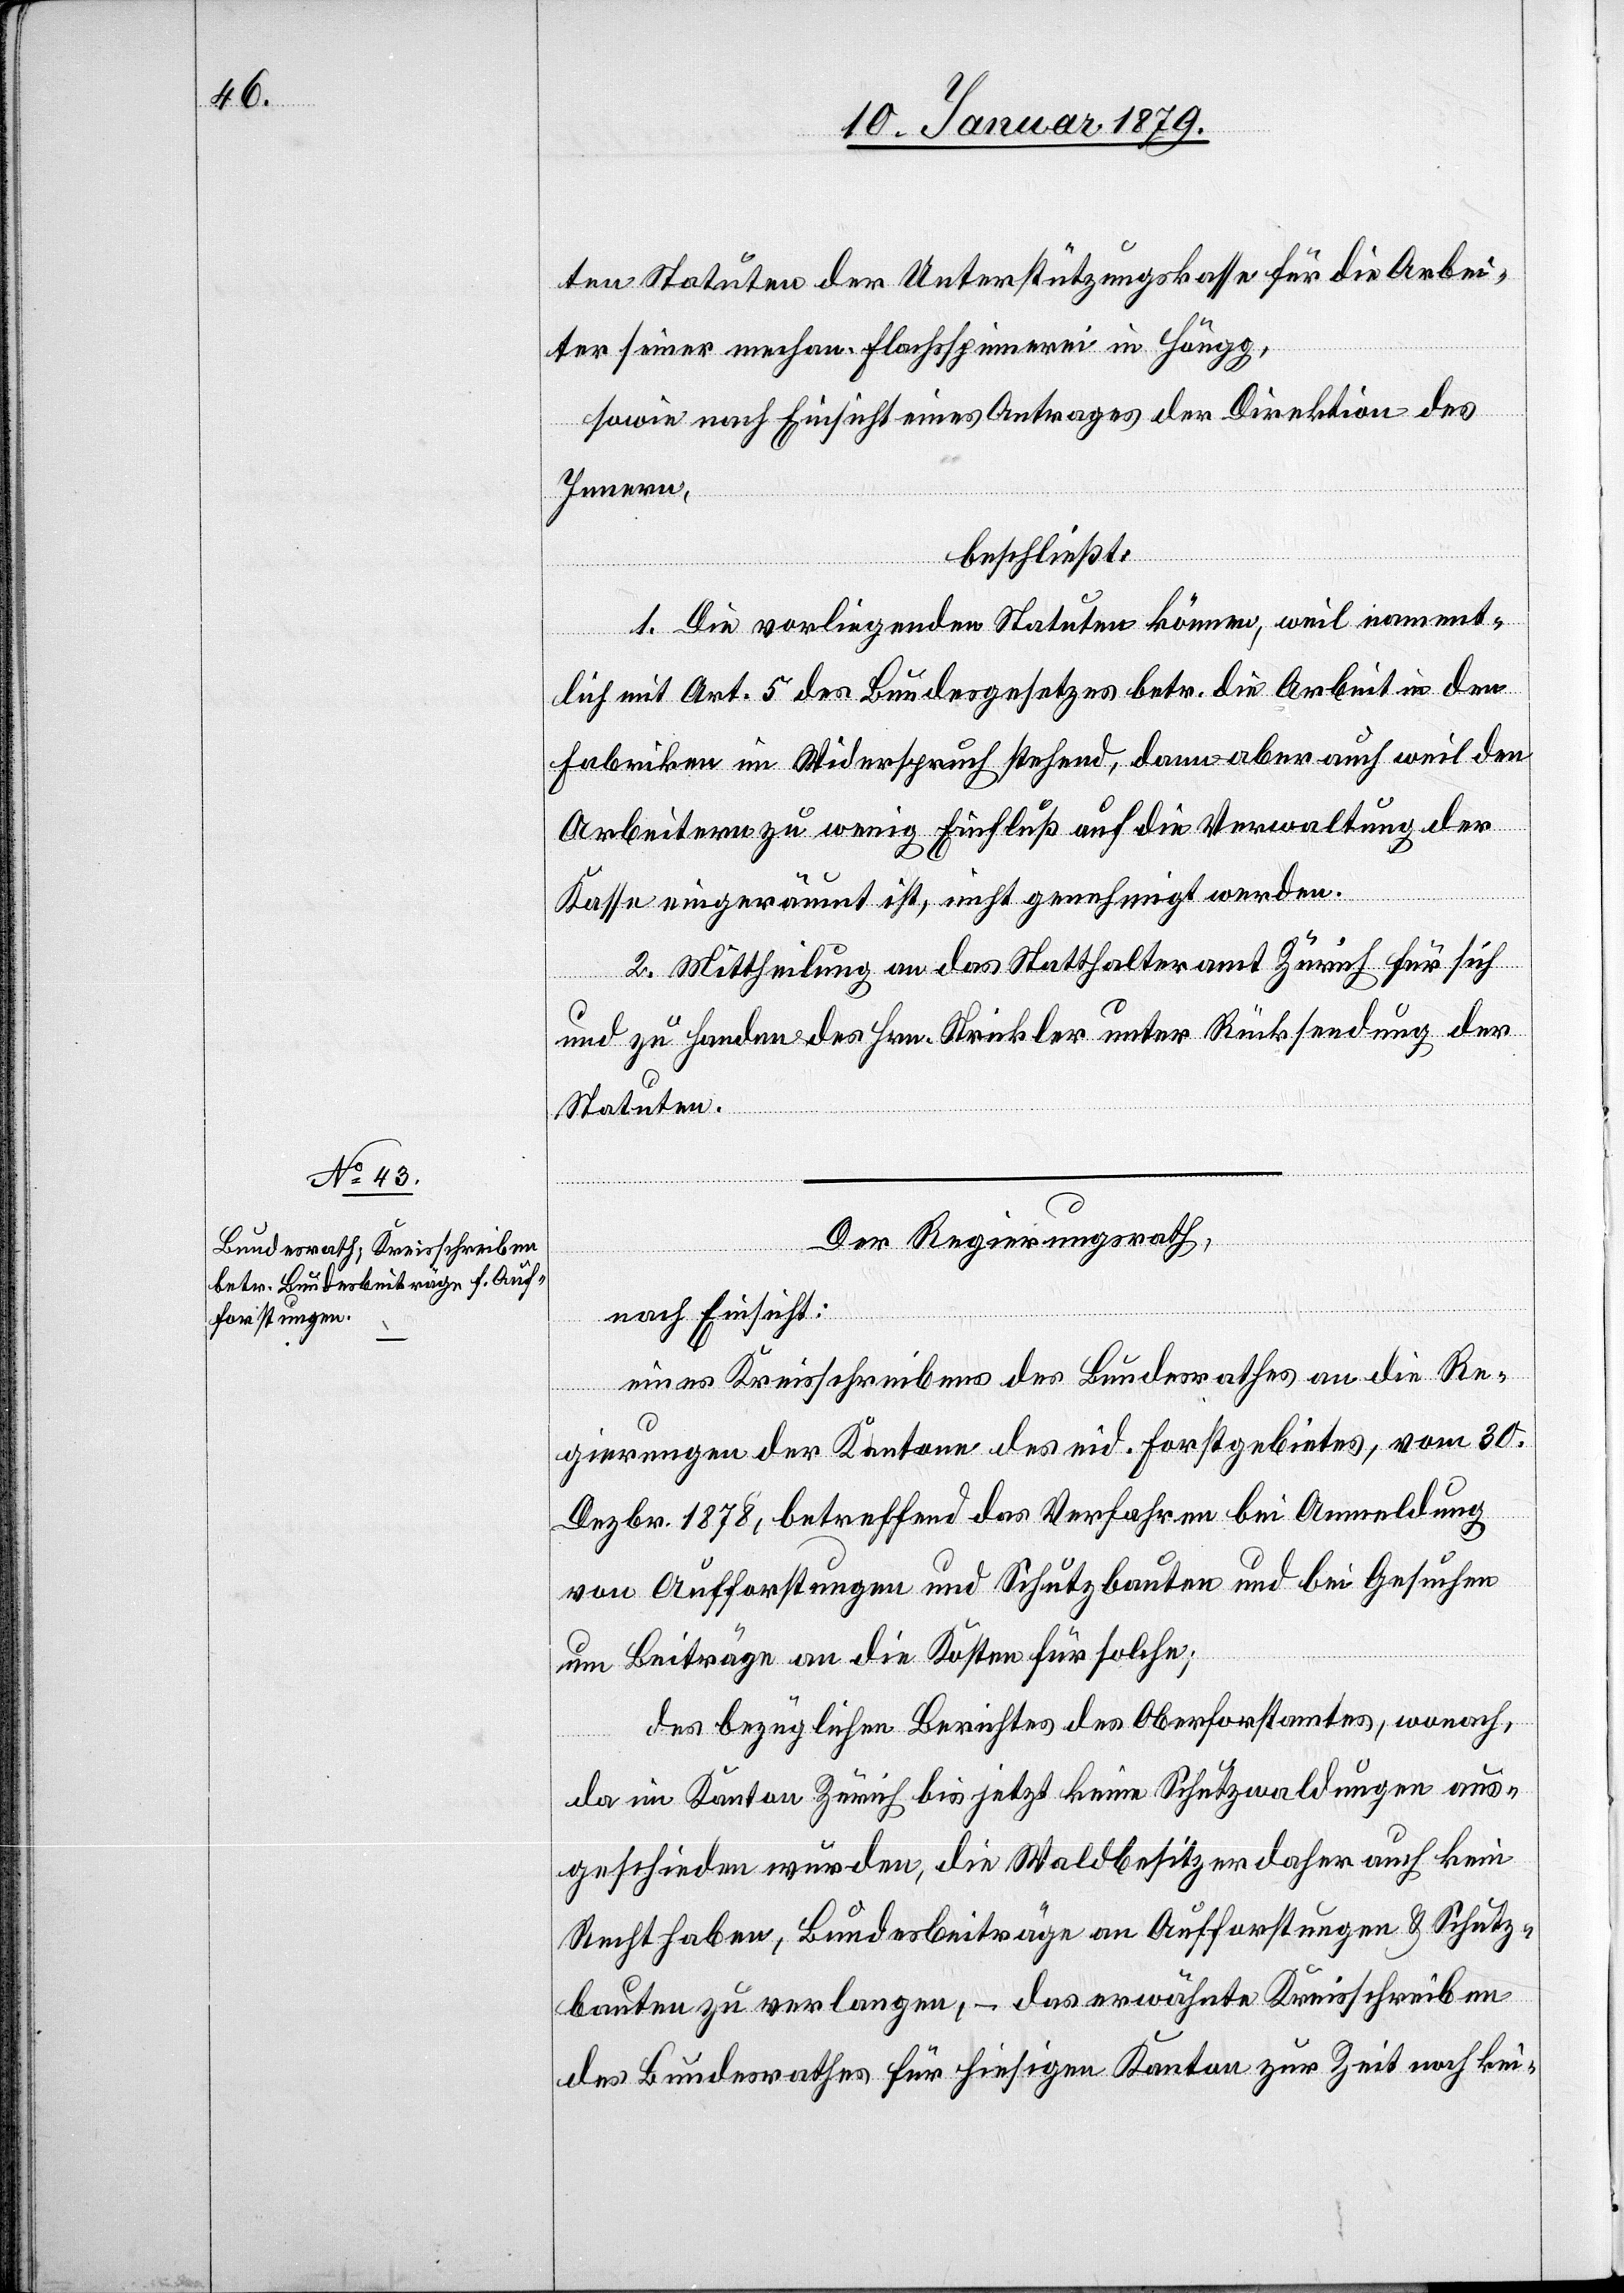
ten Statuten der Unterstützungskasse für die Arbei¬
ter seiner mechan. Flachsspinnerei in Höngg,
sowie nach Einsicht eines Antrages der Direktion des
Innern,
beschließt:
1. Die vorliegenden Statuten können, weil nament¬
lich mit Art. 5 des Bundesgesetzes betr. die Arbeit in den
Fabriken im Widerspruch stehend, dann aber auch weil den
Arbeitern zu wenig Einfluß auf die Verwaltung der
Kasse eingeräumt ist, nicht genehmigt werden.
2. Mittheilung an das Statthalteramt Zürich für sich
und zu Handen des Hrn. Strickler unter Rücksendung der
Statuten.
Der Regierungsrath,
nach Einsicht:
eines Kreisschreibens des Bundesrathes an die Re¬
gierungen der Kantone des eid. Forstgebietes, vom 30.
Dezbr. 1878, betreffend das Verfahren bei Anmeldung
von Aufforstungen und Schutzbauten und bei Gesuchen
um Beiträge an die Kosten für solche;
des bezüglichen Berichtes des Oberforstamtes, wonach,
da im Kanton Zürich bis jetzt keine Schutzwaldungen aus¬
geschieden wurden, die Waldbesitzer daher auch kein
Recht haben, Bundesbeiträge an Aufforstungen & Schutz¬
bauten zu verlangen, – das erwähnte Kreisschreiben
des Bundesrathes für hiesigen Kanton zur Zeit noch kei-